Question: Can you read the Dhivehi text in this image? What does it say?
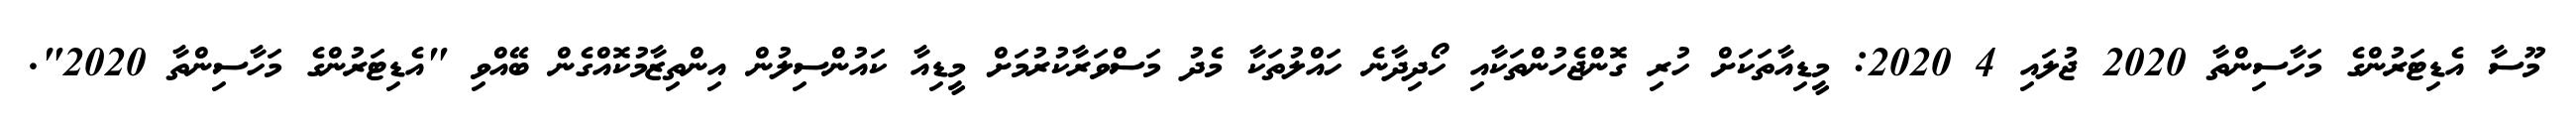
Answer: މޫސާ އެޑިޓަރުންގެ މަހާސިންތާ 2020 ޖުލައި 4 2020: މީޑިއާތަކަށް ހުރި ގޮންޖެހުންތަކާއި ހޯދިދާނެ ހައްލުތަކާ މެދު މަސްވަރާކުރުމަށް މީޑިއާ ކައުންސިލުން އިންތިޒާމުކޮއްގެން ބޭއްވި "އެޑިޓަރުންގެ މަހާސިންތާ 2020".